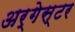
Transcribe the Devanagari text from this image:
अर्गेस्टर